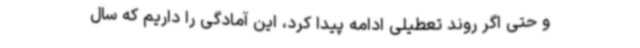
و حتی اگر روند تعطیلی ادامه پیدا کرد، این آمادگی را داریم که سال